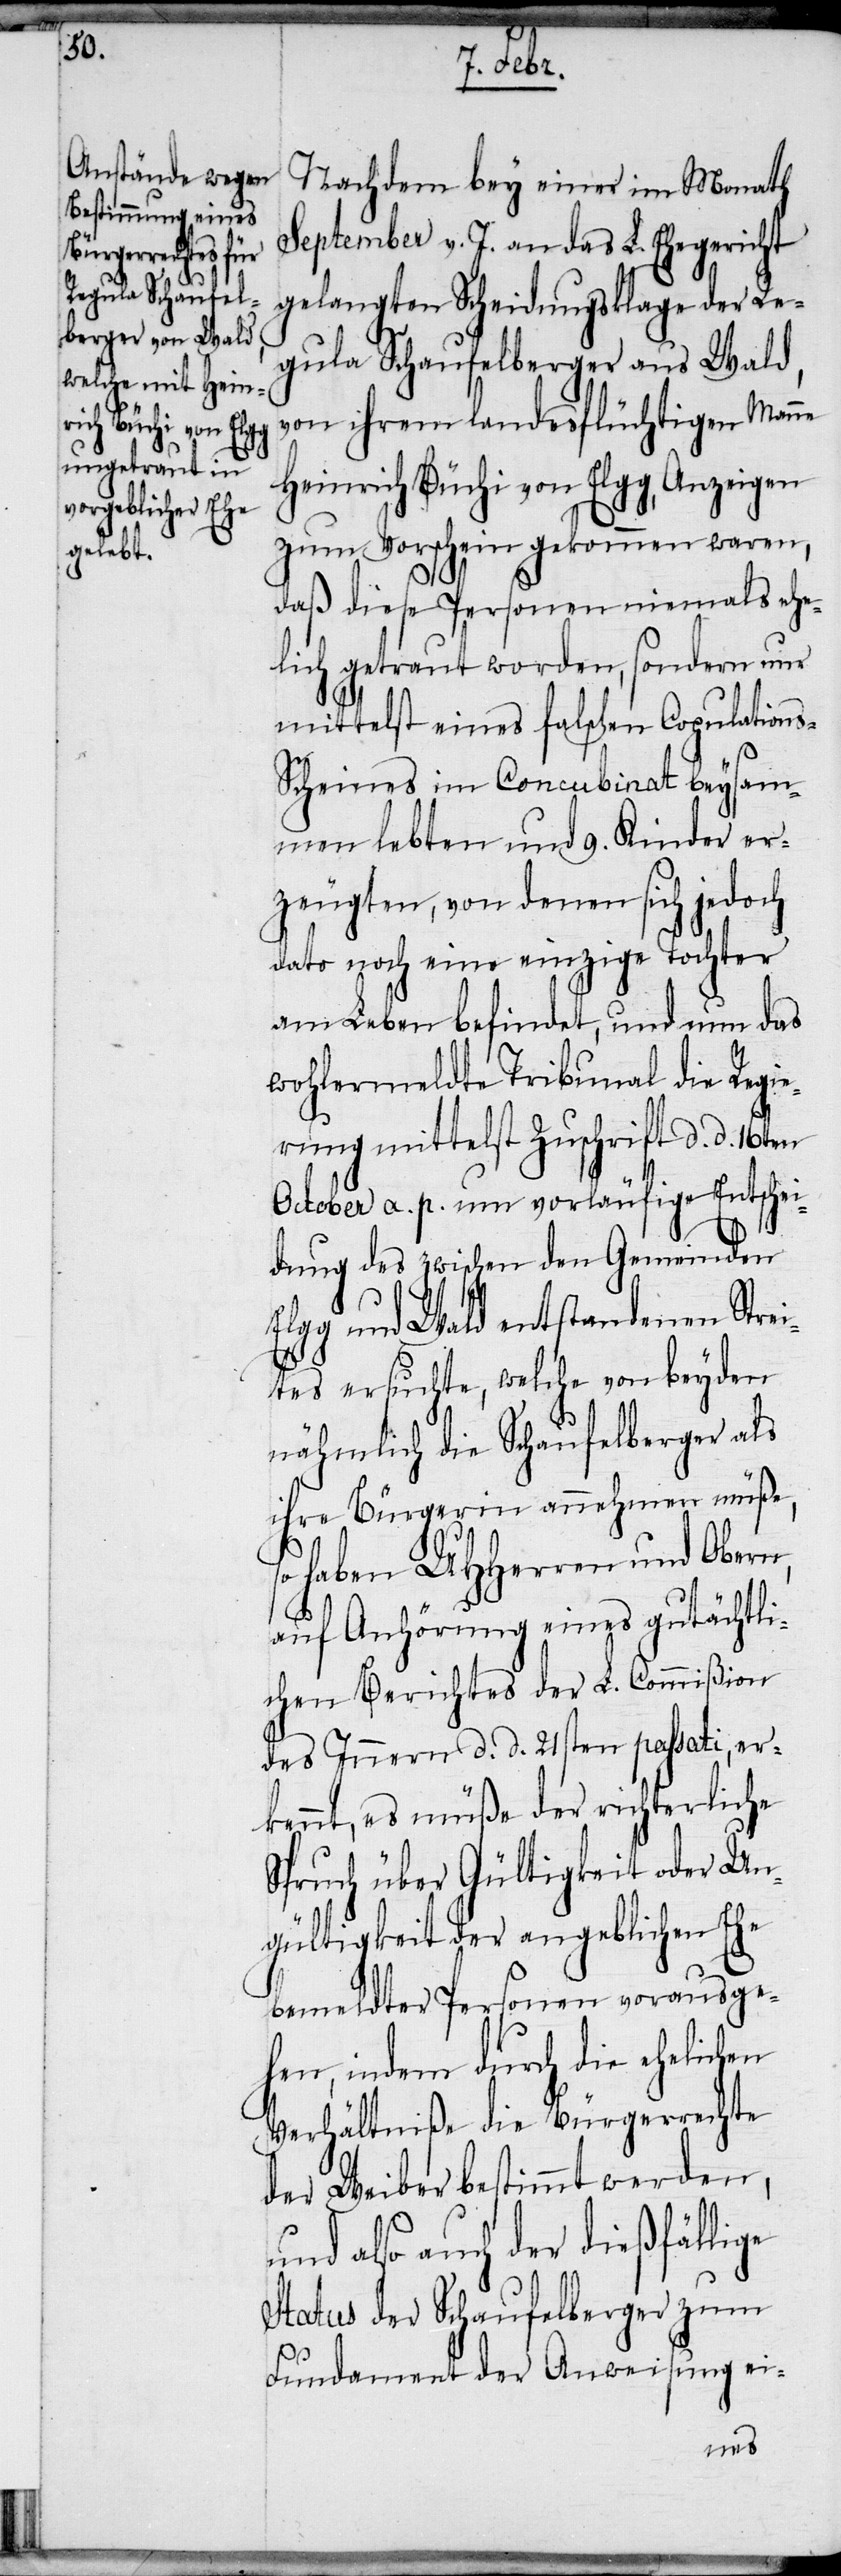
s-S¬

Nachdem bey einer im Monath
September v. J. an das L. Ehegericht
gelangten Scheidungsklage der Re¬
gula Schaufelberger aus Wald,
von ihrem landesflüchtigen Manne
Heinrich Büchi von Elgg, Anzeigen
zum Vorschein gekommen waren,
daß diese Personen niemals ehe¬
lich getraut worden, sondern nur
mittelst eines falschen Copulation¬
cheines im Concubinat beysam¬
men lebten und 9. Kinder er¬
zeugten, von denen sich jedoch
dato noch eine einzige Tochter
am Leben befindet, und nun das
wohlermeldte Tribunal die Regie¬
rung mittelst Zuschrift d. d. 16ten
October a. p. um vorläufige Entschei¬
dung des zwischen den Gemeinden
Elgg und Wald entstandenen Strei¬
tes ersuchte, welche von beyden
nähmlich die Schaufelberger als
ihre Bürgerin annehmen müße,
so haben UHHerren und Obern,
auf Anhörung eines gutächtli¬
chen Berichtes der L. Commißion
des Innern d. d. 21sten passati, er¬
kennt, es müße der richterliche
Spruch über Gültigkeit oder Un¬
gültigkeit der angeblichen Ehe
bemeldter Personen vorausge¬
hen, indem durch die ehelichen
Verhältniße die Bürgerrechte
der Weiber bestimmt werden,
und also auch der dießfällige
Status der Schaufelberger zum
Fundament der Anweisung ei-